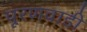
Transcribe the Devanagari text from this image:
पूरणवाडी